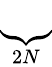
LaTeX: \underbrace{\phantom{F_{Q,2}}}_{2N}